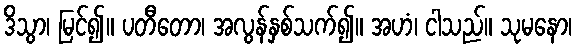
ဒိသွာ၊ မြင်၍။ ပတီတော၊ အလွန်နှစ်သက်၍။ အဟံ၊ ငါသည်။ သုမနော၊